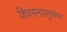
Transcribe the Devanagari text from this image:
शिवसेनाप्रमुखांच्या